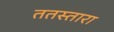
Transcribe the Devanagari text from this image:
ततस्तारा